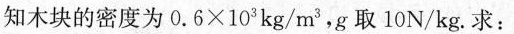
知木块的密度为0.6×103kg/m3，g取10N/kg。求：